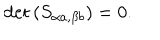
LaTeX: \det \left( S _ { \alpha a , \beta b } \right) = 0 .